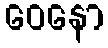
ဝေနော